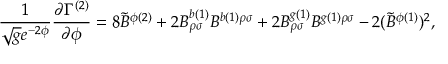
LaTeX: \frac { 1 } { \sqrt { g } e ^ { - 2 \phi } } \frac { \partial \Gamma ^ { ( 2 ) } } { \partial \phi } = 8 { \tilde { B } } ^ { \phi ( 2 ) } + 2 B _ { \rho \sigma } ^ { b ( 1 ) } B ^ { b ( 1 ) \rho \sigma } + 2 B _ { \rho \sigma } ^ { g ( 1 ) } B ^ { g ( 1 ) \rho \sigma } - 2 ( { \tilde { B } } ^ { \phi ( 1 ) } ) ^ { 2 } ,